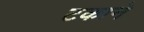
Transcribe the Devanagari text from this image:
टकाने